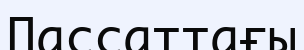
Пассаттағы